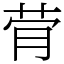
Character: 䒿